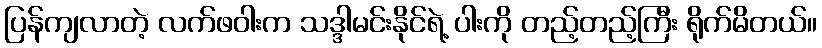
ပြန်ကျလာတဲ့ လက်ဖဝါးက သဒ္ဒါမင်းနိုင်ရဲ့ ပါးကို တည့်တည့်ကြီး ရိုက်မိတယ်။